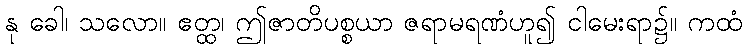
နု ခေါ၊ သလော။ ဧတ္ထ၊ ဤဇာတိပစ္စယာ ဇရာမရဏံဟူ၍ ငါမေးရာ၌။ ကထံ